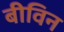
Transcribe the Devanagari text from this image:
बीविन